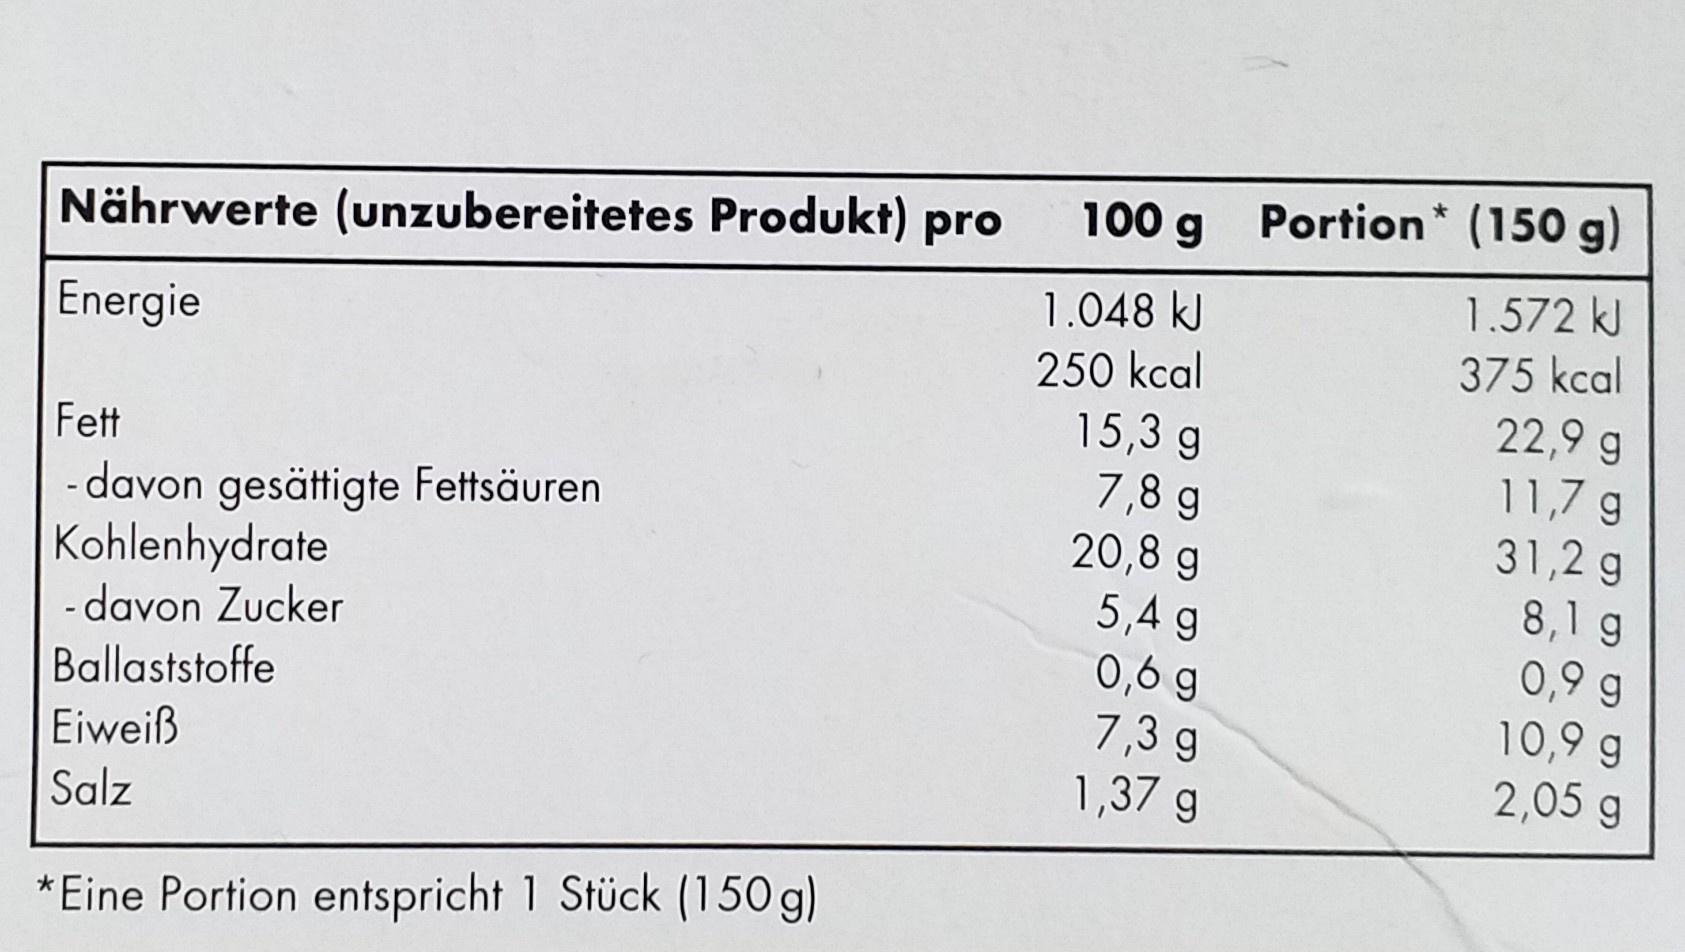
Portion* (150 g) 100 g Nährwerte (unzubereitetes Produkt) pro 1.572 kJ 375 kcal 22,9 g 11,7 g 31,2 g 8,1 g 0,9 g 10,9 g 2,05 g 1.048 k 250 kcal 15,3 g 7,8 g 20,8 g 5,4 g 0,6 g 7,3 g 1,37 g Energie Fett -davon gesättigte Fettsäuren Kohlenhydrate -davon Zucker Ballaststoffe Eiweiß Salz *Eine Portion entspricht 1 Stück (150 g)